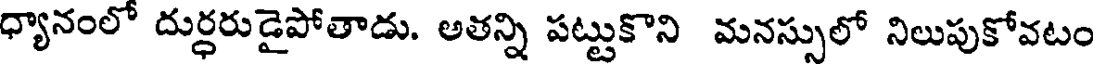
ధ్యానంలో దుర్ధరుడైపోతాడు. అతన్ని పట్టుకొని మనస్సులో నిలుపుకోవటం